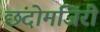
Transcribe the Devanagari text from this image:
छंदोमंजिरी